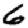
Digit: 6